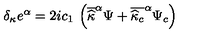
\delta _ { \kappa } e ^ { \alpha } = 2 i c _ { 1 } \: \left( \overline { { \widehat { \kappa } } } ^ { \alpha } \Psi + \overline { { \widehat { \kappa } _ { c } } } ^ { \alpha } \Psi _ { c } \right)